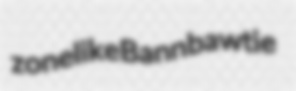
zonelike Bann bawtie